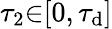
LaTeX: \tau_{2}{\in}[0,\tau_{\mathrm{d}}]